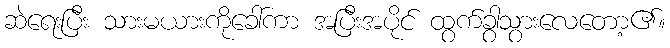
ဆဲရေးပြီး သားမယားကိုခေါ်ကာ အပြီးအပိုင် ထွက်ခွာသွားလေတော့၏။